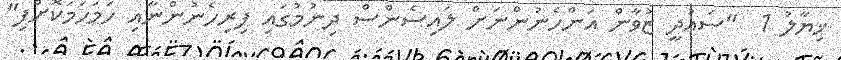
ޚިޔާލު 1  "ސައުދީ ޒުވާން އަންހެނުންނަށް ލައިސެންސް ދިނުމުގައި ފިރިހެނުންނާއި ހަމަހަމަކޮށްފި"